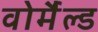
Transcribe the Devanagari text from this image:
वोर्मैल्ड